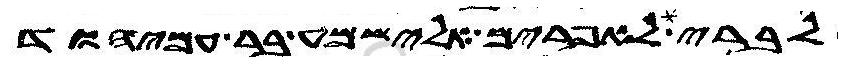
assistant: לבני אפרים אלישמע בר עמיהוד